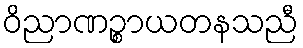
ဝိညာဏဉ္စာယတနသညီ